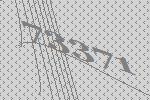
73371